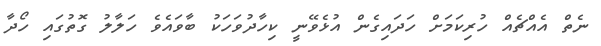
ނެތް އެއްޗެއް ހުރިކަމަށް ހަދައިގެން އުޅެވޭނީ ކިހާދުވަހަކު ބާވައެވެ ހަލާލު ގޮތުގައި ހޯދާ